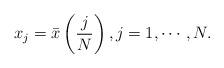
LaTeX: \begin{align*} x_j = \bar{x} \left( \frac{j}{N} \right), j=1, \cdots, N.\end{align*}